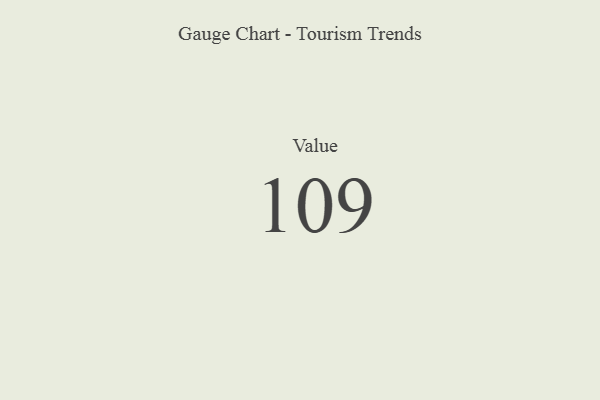
{"axis": {"x": "Metric", "y": "Value"}, "legend": [""], "data": [{"x": "Value", "y": 109, "type": ""}]}